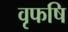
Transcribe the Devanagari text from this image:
वृफषि